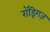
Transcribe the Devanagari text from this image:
रॉड्रिगज़